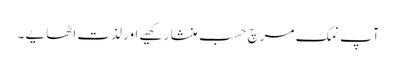
آپ نمک مرچ حسب منشا رکھیے اور لذت اٹھایے ۔